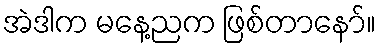
အဲဒါက မနေ့ညက ဖြစ်တာနော်။